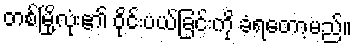
တစ်မြို့လုံး၏ ဝိုင်းပယ်ခြင်းကို ခံရတော့မည်။